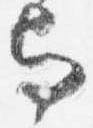
与